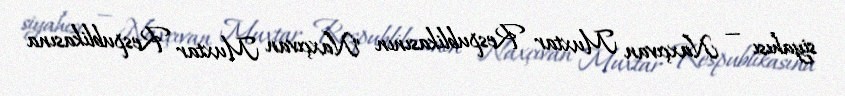
siyahısı — Naxçıvan Muxtar Respublikasının "Naxçıvan Muxtar Respublikasına